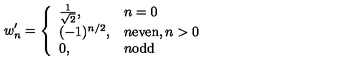
w _ { n } ^ { \prime } = \left\{ \begin{array} { l l } { \frac { 1 } { \sqrt { 2 } } , } & { n = 0 } \\ { ( - 1 ) ^ { n / 2 } , } & { n \mathrm { e v e n } , n > 0 } \\ { 0 , } & { n \mathrm { o d d } } \\ \end{array} \right.